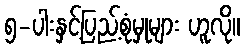
၅-ပါးနှင့်ပြည့်စုံမှုများ ဟူလို။